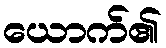
ယောက်၏